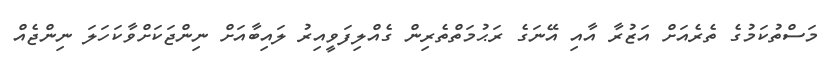
މަސްތުކަމުގެ ތެރެއަށް އަޒުރާ އާއި އޭނަގެ ރަޙުމަތްތެރިން ގެއްލިފަވީއިރު ލައިބާއަށް ނިންޖަކަށްވާކަހަލަ ނިންޖެއް